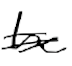
Text: be
Cross-out: double-line
Writing tool: digital_black